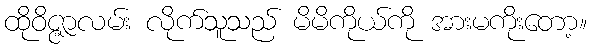
ထိုဝိဇ္ဇာလမ်း လိုက်သူသည် မိမိကိုယ်ကို အားမကိုးတော့။